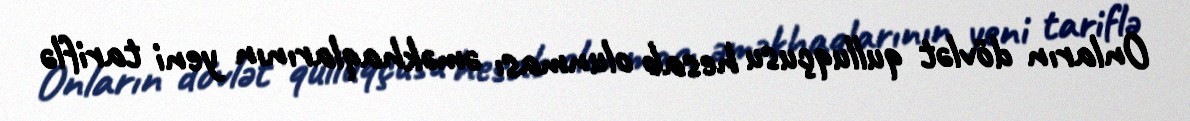
Onların dövlət qulluqçusu hesab olunması əməkhaqlarının yeni tariflə